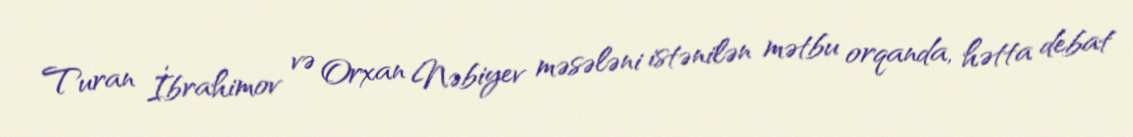
Turan İbrahimov və Orxan Nəbiyev məsələni istənilən mətbu orqanda, hətta debat